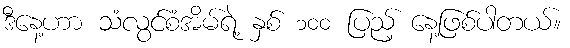
ဒီနေ့ဟာ သံလွင်စံအိမ်ရဲ့ နှစ် ၁၀၀ ပြည့် နေ့ဖြစ်ပါတယ်။